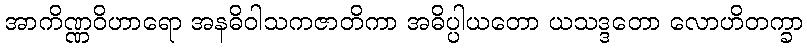
အာကိဏ္ဏဝိဟာရော အနဓိဝါသကဇာတိကာ အဓိပ္ပါယတော ယသဒ္ဒတော လောဟိတက္ခာ